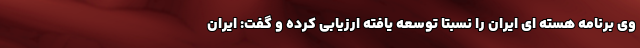
وی برنامه هسته ای ایران را نسبتا توسعه یافته ارزیابی کرده و گفت: ایران